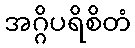
အဂ္ဂိပရိစိတံ